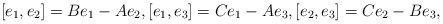
\begin{align*}[e_1,e_2] = B e_1-A e_2, [e_1,e_3] = C e_1-A e_3, [e_2,e_3] = C e_2-B e_3, \end{align*}